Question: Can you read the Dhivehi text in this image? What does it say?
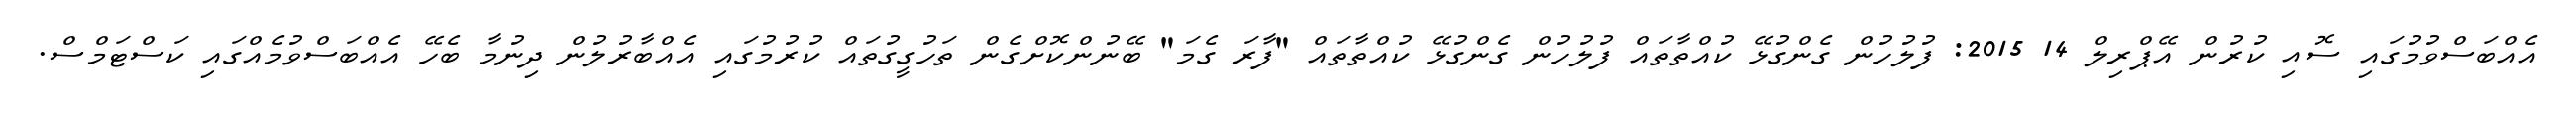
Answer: އެއްބަސްވުމުގައި ސޮއި ކުރުން އޭޕްރިލް 14 2015: ފުލުހުން ގެންގުޅޭ ކުއްތާތައް ފުލުހުން ގެންގުޅޭ ކުއްތާތައް "ފާރަ ގެމަ" ބޭނުންކޮށްގެން ތަހުގީގުތައް ކުރުމުގައި އެއްބާރުލުން ދިނުމާ ބެހޭ އެއްބަސްވުމެއްގައި ކަސްޓަމްސް.